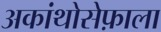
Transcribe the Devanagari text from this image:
अकांथोसेफ़ाला